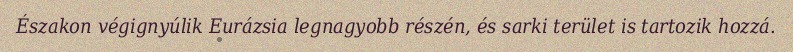
Északon végignyúlik Eurázsia legnagyobb részén, és sarki terület is tartozik hozzá.